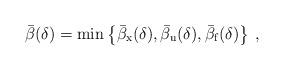
LaTeX: \begin{align*}\bar{\beta}(\delta)=\min\left\lbrace \bar{\beta}_{\mathrm{x}}(\delta), \bar{\beta}_{\mathrm{u}}(\delta), \bar{\beta}_{\mathrm{f}}(\delta)\right\rbrace\, ,\end{align*}